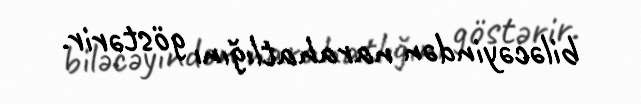
biləcəyindən narahatlığını göstərir.